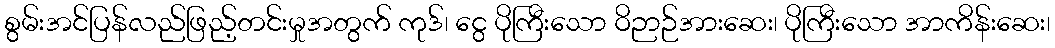
စွမ်းအင်ပြန်လည်ဖြည့်တင်းမှုအတွက် ကုဒ်၊ ငွေ ပိုကြီးသော ဝိဉာဉ်အားဆေး၊ ပိုကြီးသော အာကိန်းဆေး၊